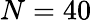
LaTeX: N=40